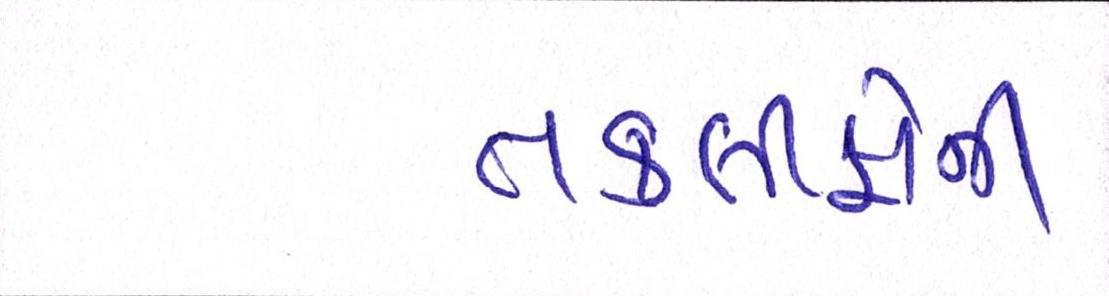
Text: તકલીફોની